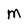
Character: m